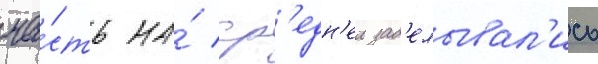
ча́сть на́ ср'едн'еи зад'елывал'ись